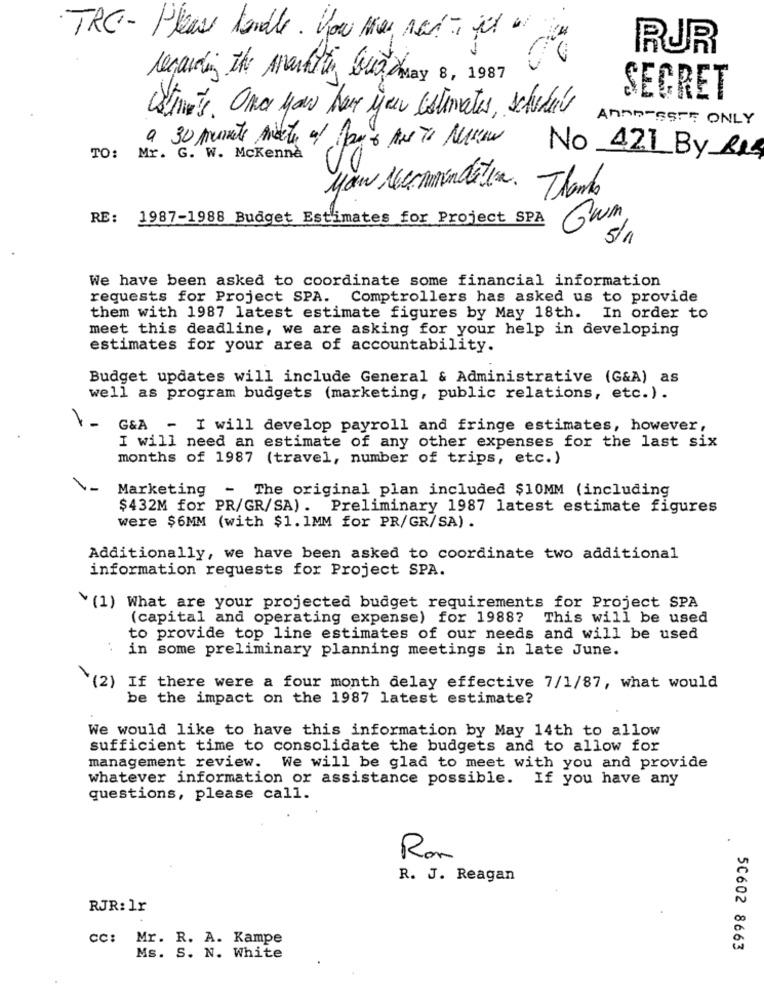
TRC - Please handle. you may not just
RUR
30
regarding the marktin Gui) may 8, 1987
SECRET
strets. Once you have you estimates, schedule
Anno-SSFF ONLY
a 30 minute Andet / Mayo Aus To Melseu
TO:
Mr. G. W. Mckenna
No 421 By RI
00
you recommendation.
Thanks
RE: 1987-1988 Budget Estimates for Project SPA
Gum
5/1
We have been asked to coordinate some financial information
requests for Project SPA. Comptrollers has asked us to provide
them with 1987 latest estimate figures by May 18th. In order to
meet this deadline, we are asking for your help in developing
estimates for your area of accountability.
Budget updates will include General & Administrative (G&A) as
well as program budgets (marketing, public relations, etc.).
-
G&A - I will develop payroll and fringe estimates, however,
I will need an estimate of any other expenses for the last six
months of 1987 (travel, number of trips, etc.)
Marketing
- The original plan included $10MM (including
$432M for PR/GR/SA). Preliminary 1987 latest estimate figures
were $6MM (with $1. 1MM for PR/GR/SA).
Additionally, we have been asked to coordinate two additional
information requests for Project SPA.
¥(1) What are your projected budget requirements for Project SPA
(capital and operating expense) for 1988? This will be used
to provide top line estimates of our needs and will be used
in some preliminary planning meetings in late June.
(2) If there were a four month delay effective 7/1/87, what would
be the impact on the 1987 latest estimate?
We would like to have this information by May 14th to allow
sufficient time to consolidate the budgets and to allow for
management review. We will be glad to meet with you and provide
whatever information or assistance possible. If you have any
questions, please call.
Ron
R. J. Reagan
RJR: 1r
cc: Mr. R. A. Kampe
50602 8663
Ms. S. N. White